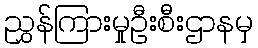
ညွှန်ကြားမှုဦးစီးဌာနမှ